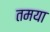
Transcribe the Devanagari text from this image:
तमया